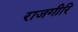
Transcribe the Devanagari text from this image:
राजगीरि